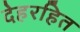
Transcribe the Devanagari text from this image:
देहरहित